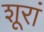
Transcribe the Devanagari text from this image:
शूरां